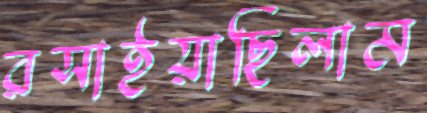
রসাইয়াছিলাম